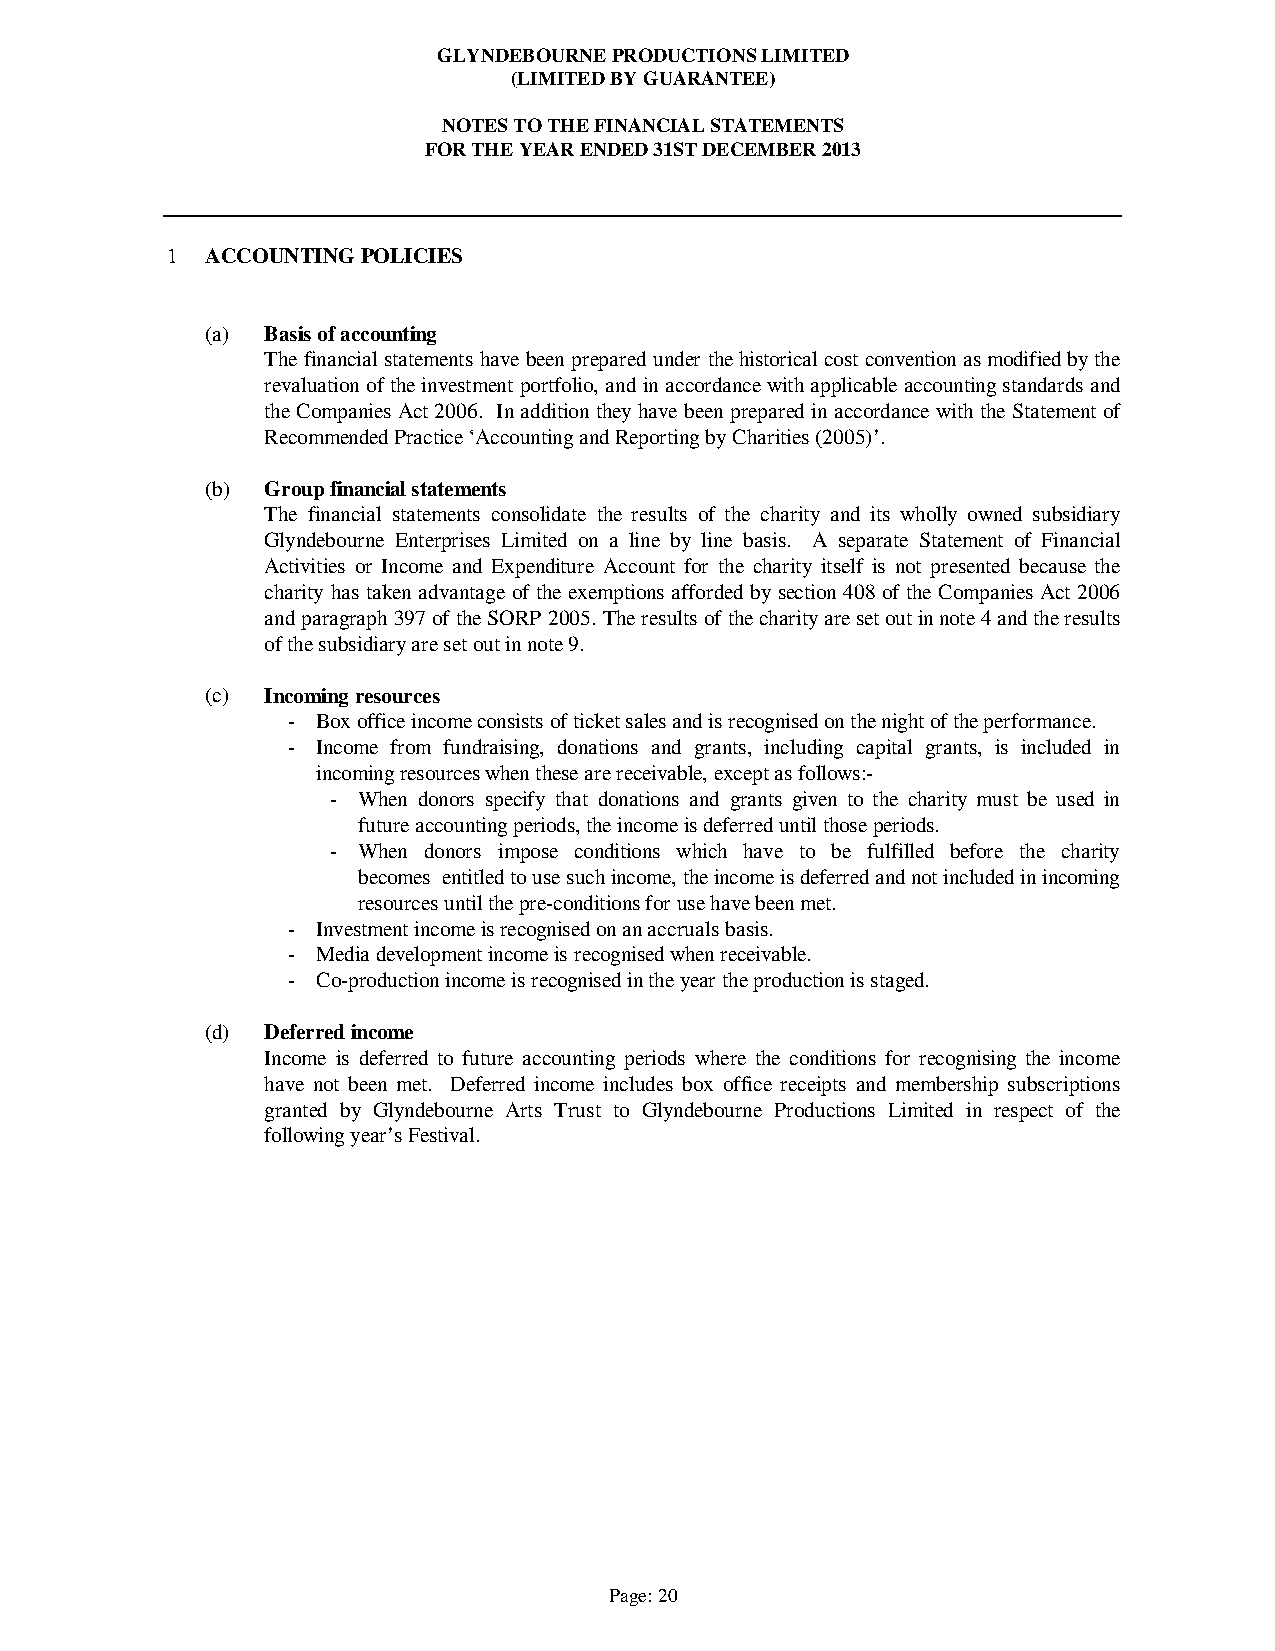
GLYNDEBOURNE PRODUCTIONS LIMITED
 (LIMITED BY GUARANTEE)
 NOTES TO THE FINANCIAL STATEMENTS
 FOR THE YEAR ENDED 31ST DECEMBER 2013
 1  ACCOUNTING POLICIES
 (a) Basis of accounting
 The financial statements have been prepared under the historical cost convention as modified by the
 revaluation of the investment portfolio, and in accordance with applicable accounting standards and
 the Companies Act 2006. In addition they have been prepared in accordance with the Statement of
 Recommended Practice ‘Accounting and Reporting by Charities (2005)’.
 (b) Group financial statements
 The financial statements consolidate the results of the charity and its wholly owned subsidiary
 Glyndebourne Enterprises Limited on a line by line basis. A separate Statement of Financial
 Activities or Income and Expenditure Account for the charity itself is not presented because the
 charity has taken advantage of the exemptions afforded by section 408 of the Companies Act 2006
 and paragraph 397 of the SORP 2005. The results of the charity are set out in note 4 and the results
 of the subsidiary are set out in note 9.
 (c) Incoming resources
 - Box office income consists of ticket sales and is recognised on the night of the performance.
 - Income from fundraising, donations and grants, including capital grants, is included in
 incoming resources when these are receivable, except as follows:-
 - When donors specify that donations and grants given to the charity must be used in
 future accounting periods, the income is deferred until those periods.
 - When donors impose conditions which have to be fulfilled before the charity
 becomes entitled to use such income, the income is deferred and not included in incoming
 resources until the pre-conditions for use have been met.
 - Investment income is recognised on an accruals basis.
 - Media development income is recognised when receivable.
 - Co-production income is recognised in the year the production is staged.
 (d) Deferred income
 Income is deferred to future accounting periods where the conditions for recognising the income
 have not been met. Deferred income includes box office receipts and membership subscriptions
 granted by Glyndebourne Arts Trust to Glyndebourne Productions Limited in respect of the
 following year’s Festival.
 Page: 20